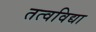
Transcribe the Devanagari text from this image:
तत्वविद्या